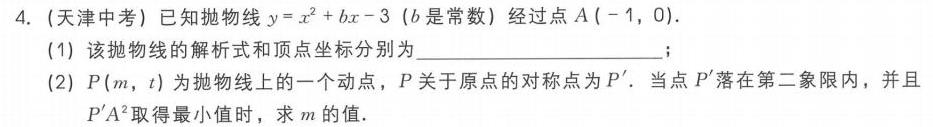
4. (天津中考) 已知抛物线\(y = x^{2}+bx - 3\) (\(b\)是常数) 经过点\(A(-1,0)\).
(1) 该抛物线的解析式和顶点坐标分别为  ；
(2) \(P(m,t)\)为抛物线上的一个动点，\(P\)关于原点的对称点为\(P'\). 当点\(P'\)落在第二象限内，并且\(P'A^{2}\)取得最小值时，求\(m\)的值.